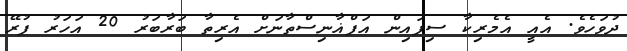
ދުވަހެވެ. އެއީ އެމެރިކާ ސިފައިން އަފްޣާނިސްތާނަށް އެރިތާ ބަރާބަރު 20 އަހަރު ފުރޭ